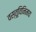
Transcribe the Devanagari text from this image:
वस्तूविनिमय